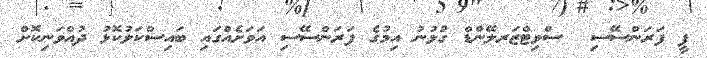
ޕީ ފަރަންސޭސި  ސްވިޓްޒަރލޭންޑް ގުޅުނު އިމުގެ ފަރަންސޭސި އަވަށެއްގައި ބައިސްކަލުކޮޅު ދުއްވަނިކޮށް